65_HS1-834228961_62-HQ-83894_SUB_A
Agency: FBI
Page 96
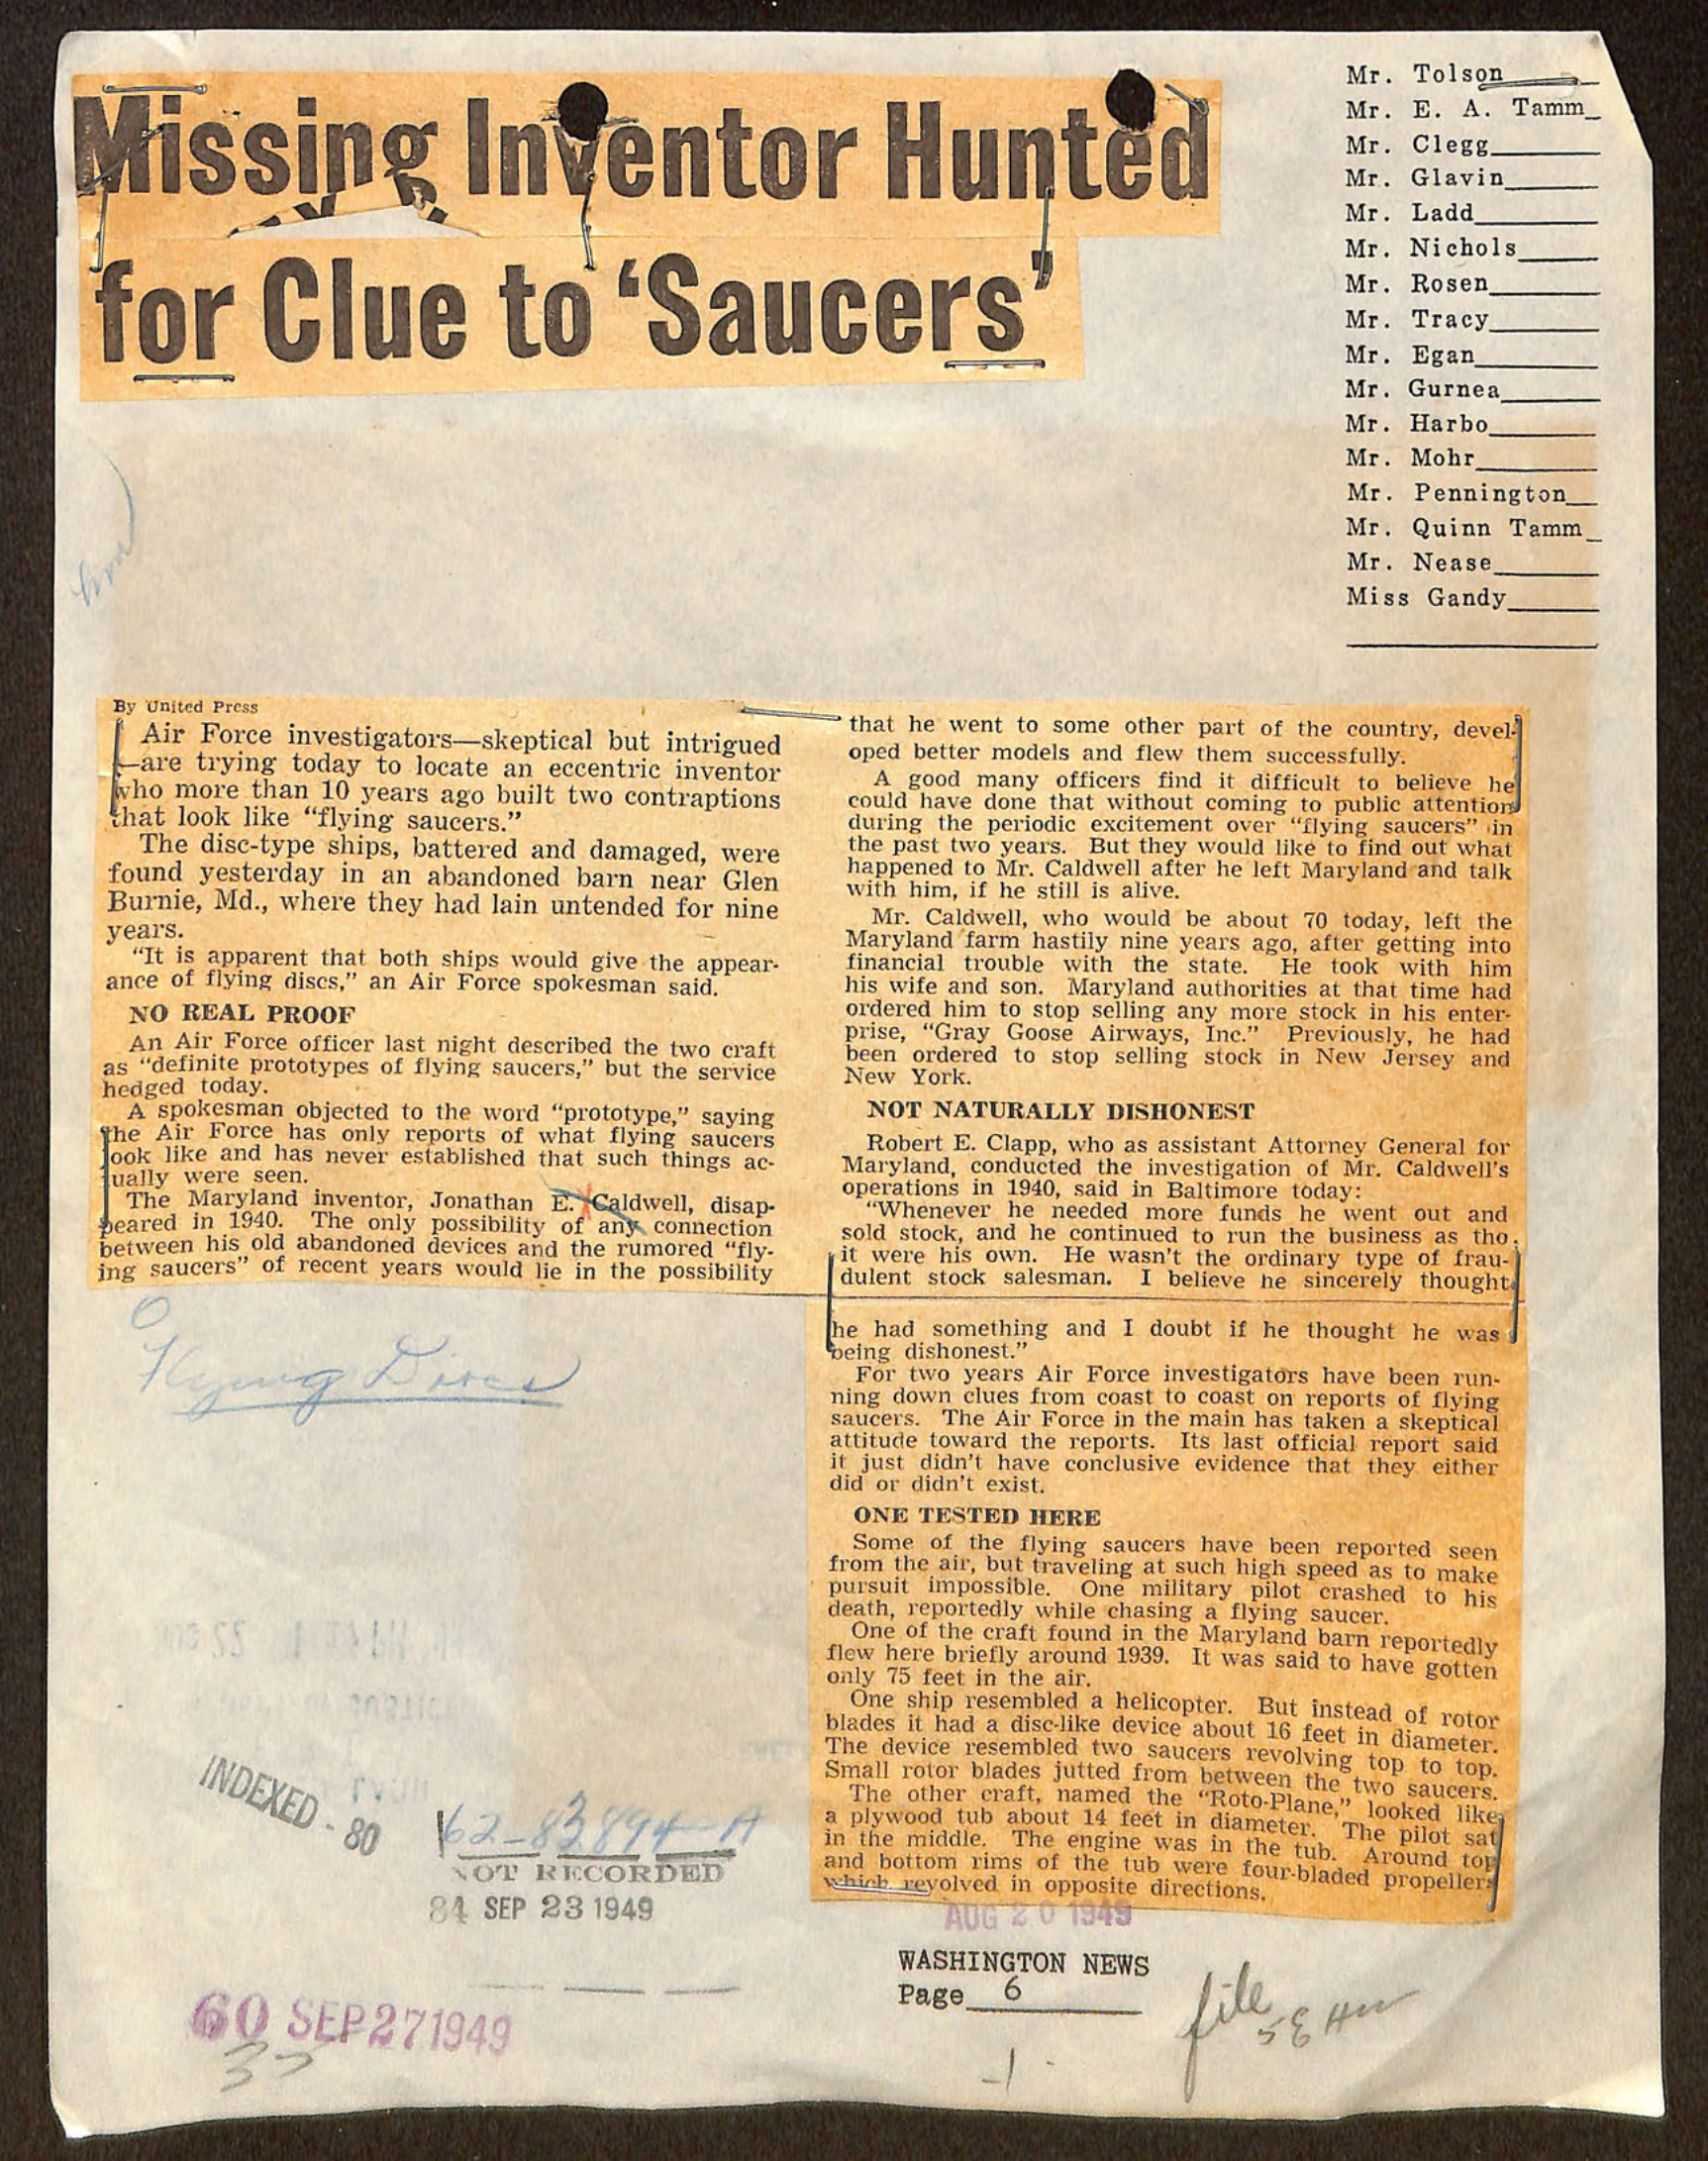